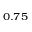
_ { 0 . 7 5 }